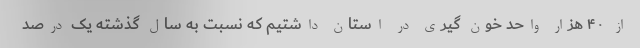
از ۴۰ هزار واحد خون گیری در استان داشتیم که نسبت به سال گذشته یک درصد